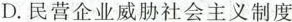
D.民营企业威胁社会主义制度